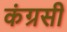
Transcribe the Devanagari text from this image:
कंग्रसी